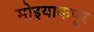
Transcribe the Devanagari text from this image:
मोइयाकपूर